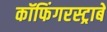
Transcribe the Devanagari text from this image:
कॉफिंगरस्ट्राबे